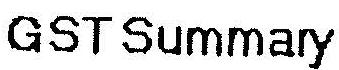
GST SUMMARY